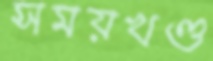
সময়খণ্ড